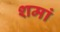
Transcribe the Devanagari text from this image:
शमां